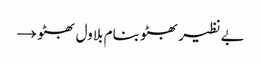
بے نظیر بھٹو بنام بلاول بھٹو →